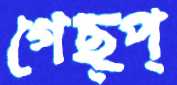
গেছ্প্